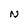
Character: N